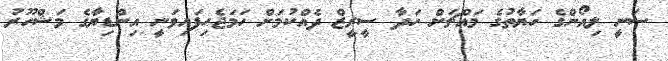
ސަނީ ލިއޯންގެ ހަޔާތުގެ މައްޗަށް ހަދާ ސީރީޒް ދެއްކުމަށް ހަމަޖެހިފައިވަނީ އިންޑިޔާގެ މަޝްހޫރު